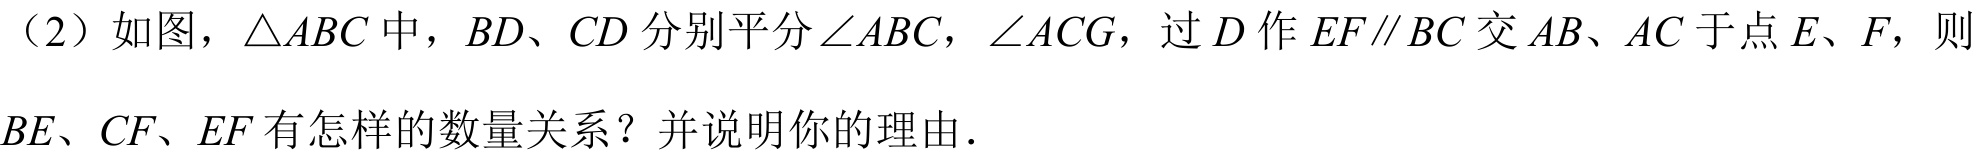
（2）如图，\(\triangle ABC\)中，\(BD\)、\(CD\)分别平分\(\angle ABC\)，\(\angle ACG\)，过\(D\)作\(EF\parallel BC\)交\(AB\)、\(AC\)于点\(E\)、\(F\)，则\(BE\)、\(CF\)、\(EF\)有怎样的数量关系？并说明你的理由．